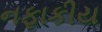
નફાકીય